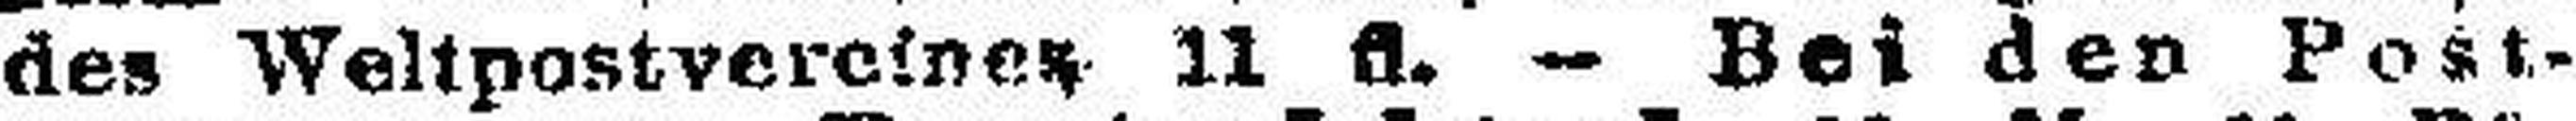
des Weltpostvereinen 11 fl. — Bei den Post¬